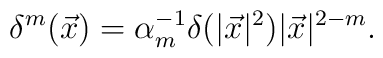
\delta^m(\vec{x}) = \alpha_m^{-1} \delta(|\vec{x}|^2)   |\vec{x}|^{2-m} .